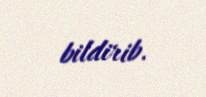
bildirib.